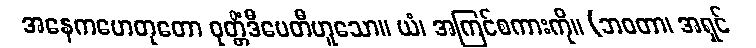
အနေကဟေတုတော ဝုတ္တိံဒီပေတီဟူသော။ ယံ၊ အကြင်စကားကို။ (ဘဝတာ၊ အရှင်